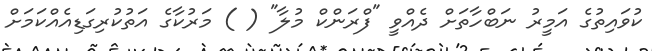
ކުވައިތުގެ އަމީރު ނަބްހާތަށް ދެއްވީ "ފްރަންކް މުލާ" ( ) މަރުކާގެ އަތުކުރިގަޑިއެއްކަމަށް